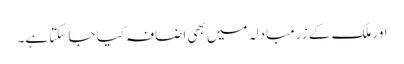
اور ملک کے زرِ مبادلہ میں بھی اضافہ کیا جا سکتا ہے۔